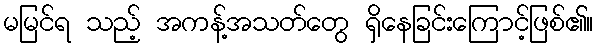
မမြင်ရ သည့် အကန့်အသတ်တွေ ရှိနေခြင်းကြောင့်ဖြစ်၏။